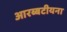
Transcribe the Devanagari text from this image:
आरब्बटीयना